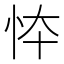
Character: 㤒